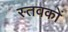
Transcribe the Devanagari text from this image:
स्तवकों